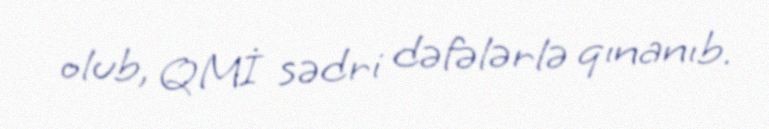
olub, QMİ sədri dəfələrlə qınanıb.